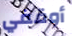
أوقفي